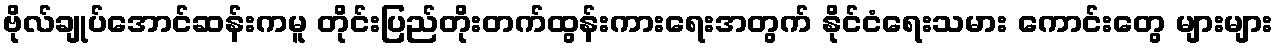
ဗိုလ်ချုပ်အောင်ဆန်းကမူ တိုင်းပြည်တိုးတက်ထွန်းကားရေးအတွက် နိုင်ငံရေးသမား ကောင်းတွေ များများ